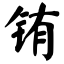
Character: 铕